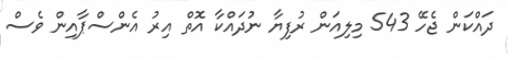
ދައްކަން ޖެހޭ 543 މިލިއަން ރުފިޔާ ނުދައްކާ އޮތް އިރު އެންސްޕާއިން ވެސް